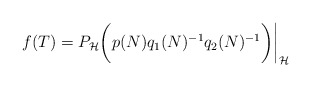
\begin{align*} f(T)=P_\mathcal H \bigg(p(N)q_1(N)^{-1}q_2(N)^{-1}\bigg) \bigg|_\mathcal H \end{align*}